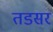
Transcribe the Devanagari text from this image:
तडसर